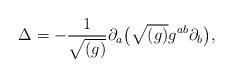
\begin{align*}\Delta = - \frac{1}{\sqrt{(g)}} \partial _{a} \bigl( \sqrt{(g)} g^{ab} \partial _{b} \bigr),\end{align*}